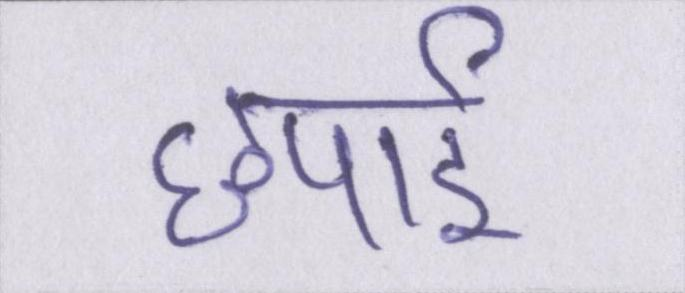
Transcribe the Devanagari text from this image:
छपाई